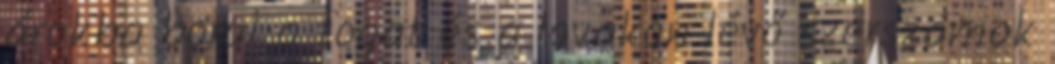
árokba borul a fogat és a lovakon lévő szerszámok